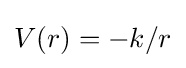
V(r)=-k/r